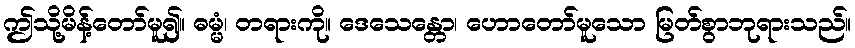
ဤသို့မိန့်တော်မူ၍။ ဓမ္မံ၊ တရားကို။ ဒေသေန္တော၊ ဟောတော်မူသော မြတ်စွာဘုရားသည်။